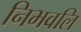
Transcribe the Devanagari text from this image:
निभवलि